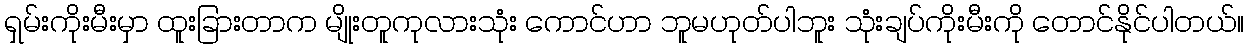
ရှမ်းကိုးမီးမှာ ထူးခြားတာက မျိုးတူကုလားသုံး ကောင်ဟာ ဘူမဟုတ်ပါဘူး သုံးချပ်ကိုးမီးကို တောင်နိုင်ပါတယ်။